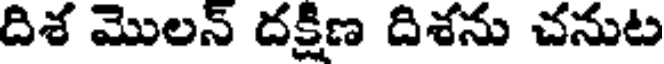
దిశ మొలన్ దక్షిణ దిశను చనుట